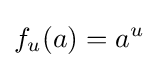
f_{u}(a)=a^{u}